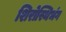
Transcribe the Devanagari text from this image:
शिरोस्थिभंग